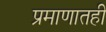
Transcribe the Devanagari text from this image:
प्रमाणातही